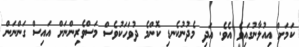
ކަމަށް އިއުލާނުގައިވެ އެވެ. އަދި މެދުނުކެނޑި ކޮންމެ ދުވަހަކުވެސް މަސްވެރިންނަށް އައިސް ގަންނަން